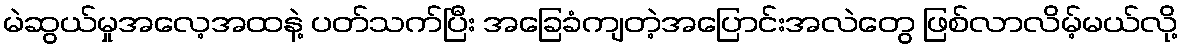
မဲဆွယ်မှုအလေ့အထနဲ့ ပတ်သက်ပြီး အခြေခံကျတဲ့အပြောင်းအလဲတွေ ဖြစ်လာလိမ့်မယ်လို့